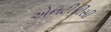
એનટીપીસી